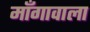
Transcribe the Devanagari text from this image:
माँगावाला